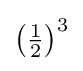
{\textstyle \left({\tfrac {1}{2}}\right)^{3}}